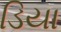
ડિયા